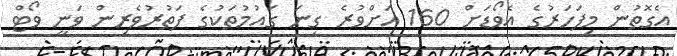
އެގޮތުން މިފަހަރުގެ އެވޯޑަށް 160 އަށްވުރެ ގިނަ ގައުމުތަކުގެ ފަތުރުވެރިން ވަނީ ވޯޓް